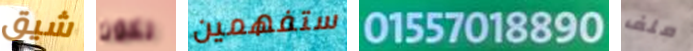
شيق تكون ستفهمين 01557018890 ملف